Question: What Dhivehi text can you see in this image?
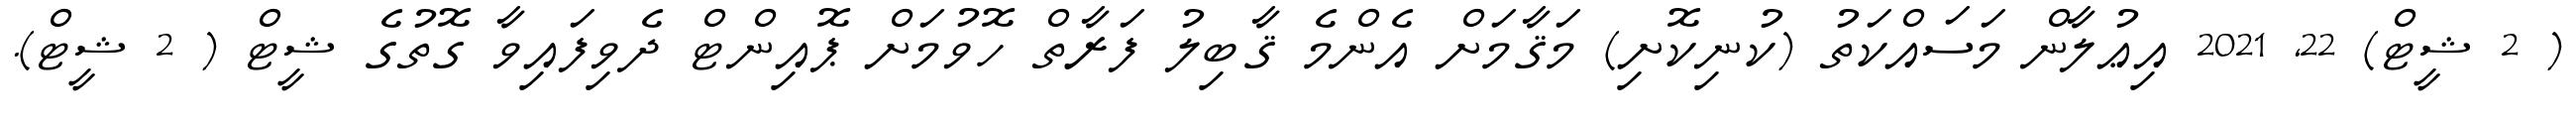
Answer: ( 2 ޝީޓް) 22, 2021 އިޢުލާން މަސައްކަތު (ކުނިކޮށި) މަޤާމަށް އެންމެ ޤާބިލު ފަރާތް ހޮވުމަށް ޕޮއިންޓް ދެވިފައިވާ ގޮތުގެ ޝީޓް ( 2 ޝީޓް).